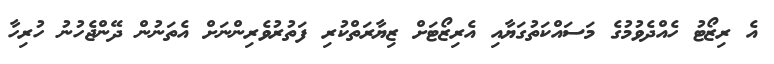
އެ ރިޒޯޓު ހެއްދެވުމުގެ މަސައްކަތުގަޔާއި އެރިޒޯޓަށް ޒިޔާރަތްކުރި ފަތުރުވެރިންނަށް އެތަނުން ދޭންޖެހުނު ހުރިހާ